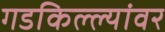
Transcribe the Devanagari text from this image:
गडकिल्ल्यांवर